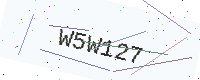
Text: W5W127